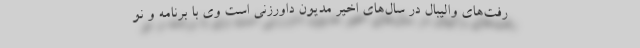
رفت‌های والیبال در سال‌های اخیر مدیون داورزنی است وی با برنامه و نو